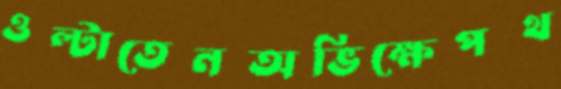
ওল্‌টাতেনঅভিক্ষেপথ